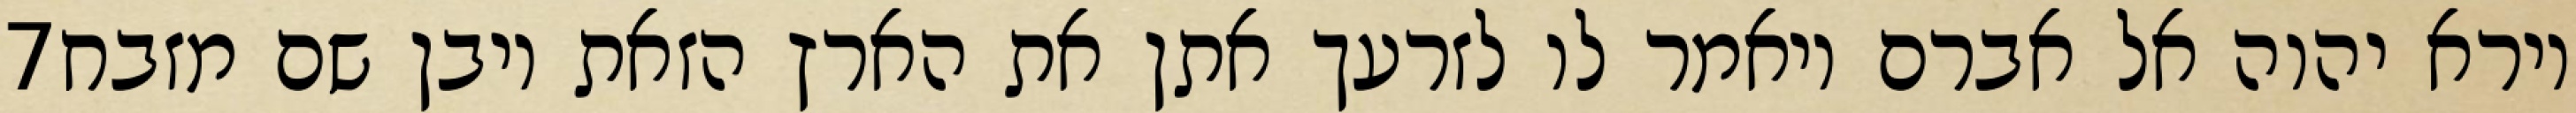
‎7‏ וירא יהוה אל אברם ויאמר לו לזרעך אתן את הארץ הזאת ויבן שם מזבח